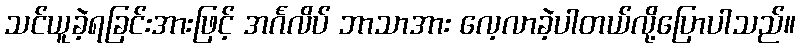
သင်ယူခဲ့ရခြင်းအားဖြင့် အင်္ဂလိပ် ဘာသာအား လေ့လာခဲ့ပါတယ်လို့ပြောပါသည်။